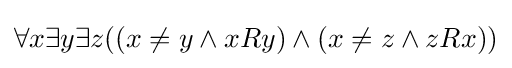
\forall x\exists y\exists z((x\neq y\wedge xRy)\wedge (x\neq z\wedge zRx))